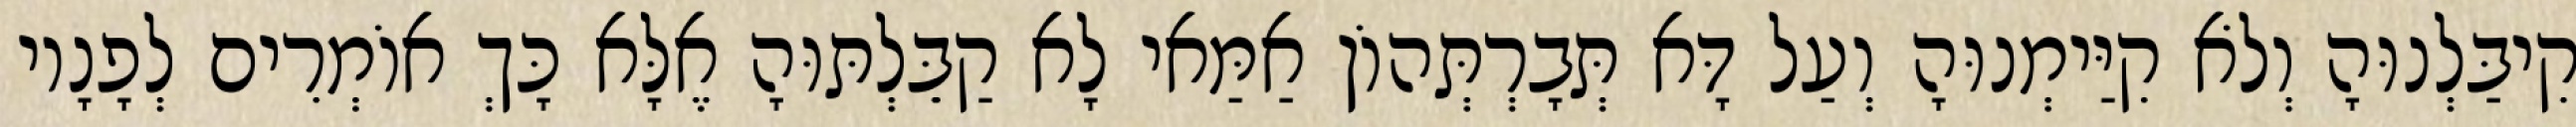
קִיבַּלְנוּהָ וְלֹא קִיַּימְנוּהָ וְעַל דָּא תְּבָרְתְּהוֹן אַמַּאי לָא קַבֵּלְתּוּהָ אֶלָּא כָּךְ אוֹמְרִים לְפָנָיו